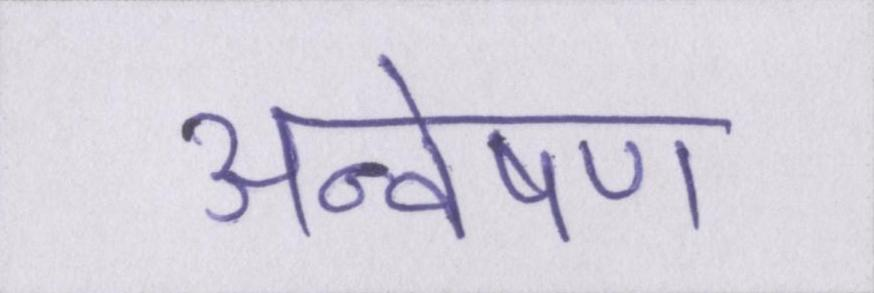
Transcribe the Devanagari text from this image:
अन्वेषण